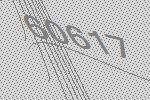
60617